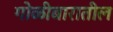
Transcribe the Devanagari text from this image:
गोळीबारातील